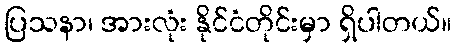
ပြသနာ၊ အားလုံး နိုင်ငံတိုင်းမှာ ရှိပါတယ်။